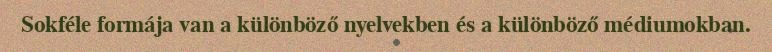
Sokféle formája van a különböző nyelvekben és a különböző médiumokban.